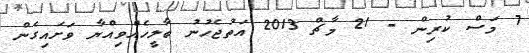
7 މަސް ކުރިން - 21 މާޗް 2013 އަތުޖެހުނު ބާލީހެއްވިއްޔާ ވަށައިގެން